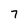
Character: 7